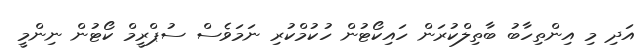
އަދި މި އިންތިހާބު ބާތިލްކުރަން ހައިކޯޓުން ހުކުމްކުރި ނަމަވެސް ސުޕްރީމް ކޯޓުން ނިންމީ